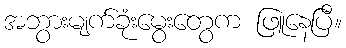
အဘွားမျက်ခုံးမွေးတွေက ဖြူနေပြီ။